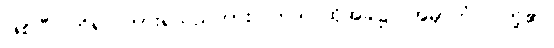
ဖြစ်ပြီ။ ကိရ၊ ကြားရသည်ကား။ တဒါ၊ ထိုအခါ၌။ အမှာကံ၊ ငါတို့၏။